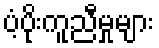
ပံ့ပိုးကူညီမှုများ